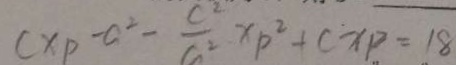
C x _ { p } - c ^ { 2 } - \frac { c ^ { 2 } } { a ^ { 2 } } x p ^ { 2 } + C x p = 1 8